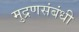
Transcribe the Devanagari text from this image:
मुद्रणसंबंधी